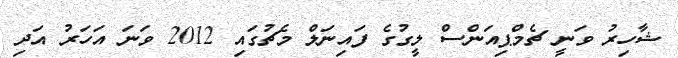
ޝާހިރު ވަނީ ޗެމްޕިއަންސް ލީގުގެ ފައިނަލް މެޗުގައި 2012 ވަނަ އަހަރު އަދި